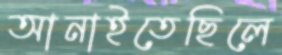
আনাইতেছিলে